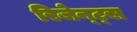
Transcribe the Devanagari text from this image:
रिजेन्ट्स